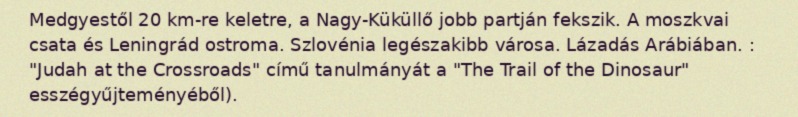
Medgyestől 20 km-re keletre, a Nagy-Küküllő jobb partján fekszik. A moszkvai csata és Leningrád ostroma. Szlovénia legészakibb városa. Lázadás Arábiában. : "Judah at the Crossroads" című tanulmányát a "The Trail of the Dinosaur" esszégyűjteményéből).